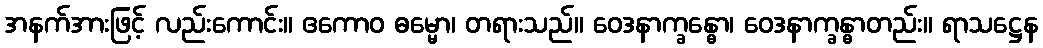
အနက်အားဖြင့် လည်းကောင်း။ ဧကောဝ ဓမ္မော၊ တရားသည်။ ဝေဒနာက္ခန္ဓော၊ ဝေဒနာက္ခန္ဓာတည်း။ ရာသဋ္ဌေန